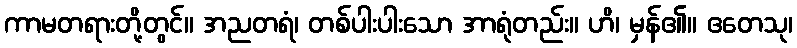
ကာမတရားတို့တွင်။ အညတရံ၊ တစ်ပါးပါးသော အာရုံတည်း။ ဟိ၊ မှန်၏။ ဧတေသု၊